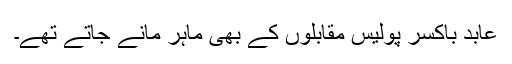
عابد باکسر پولیس مقابلوں کے بھی ماہر مانے جاتے تھے۔